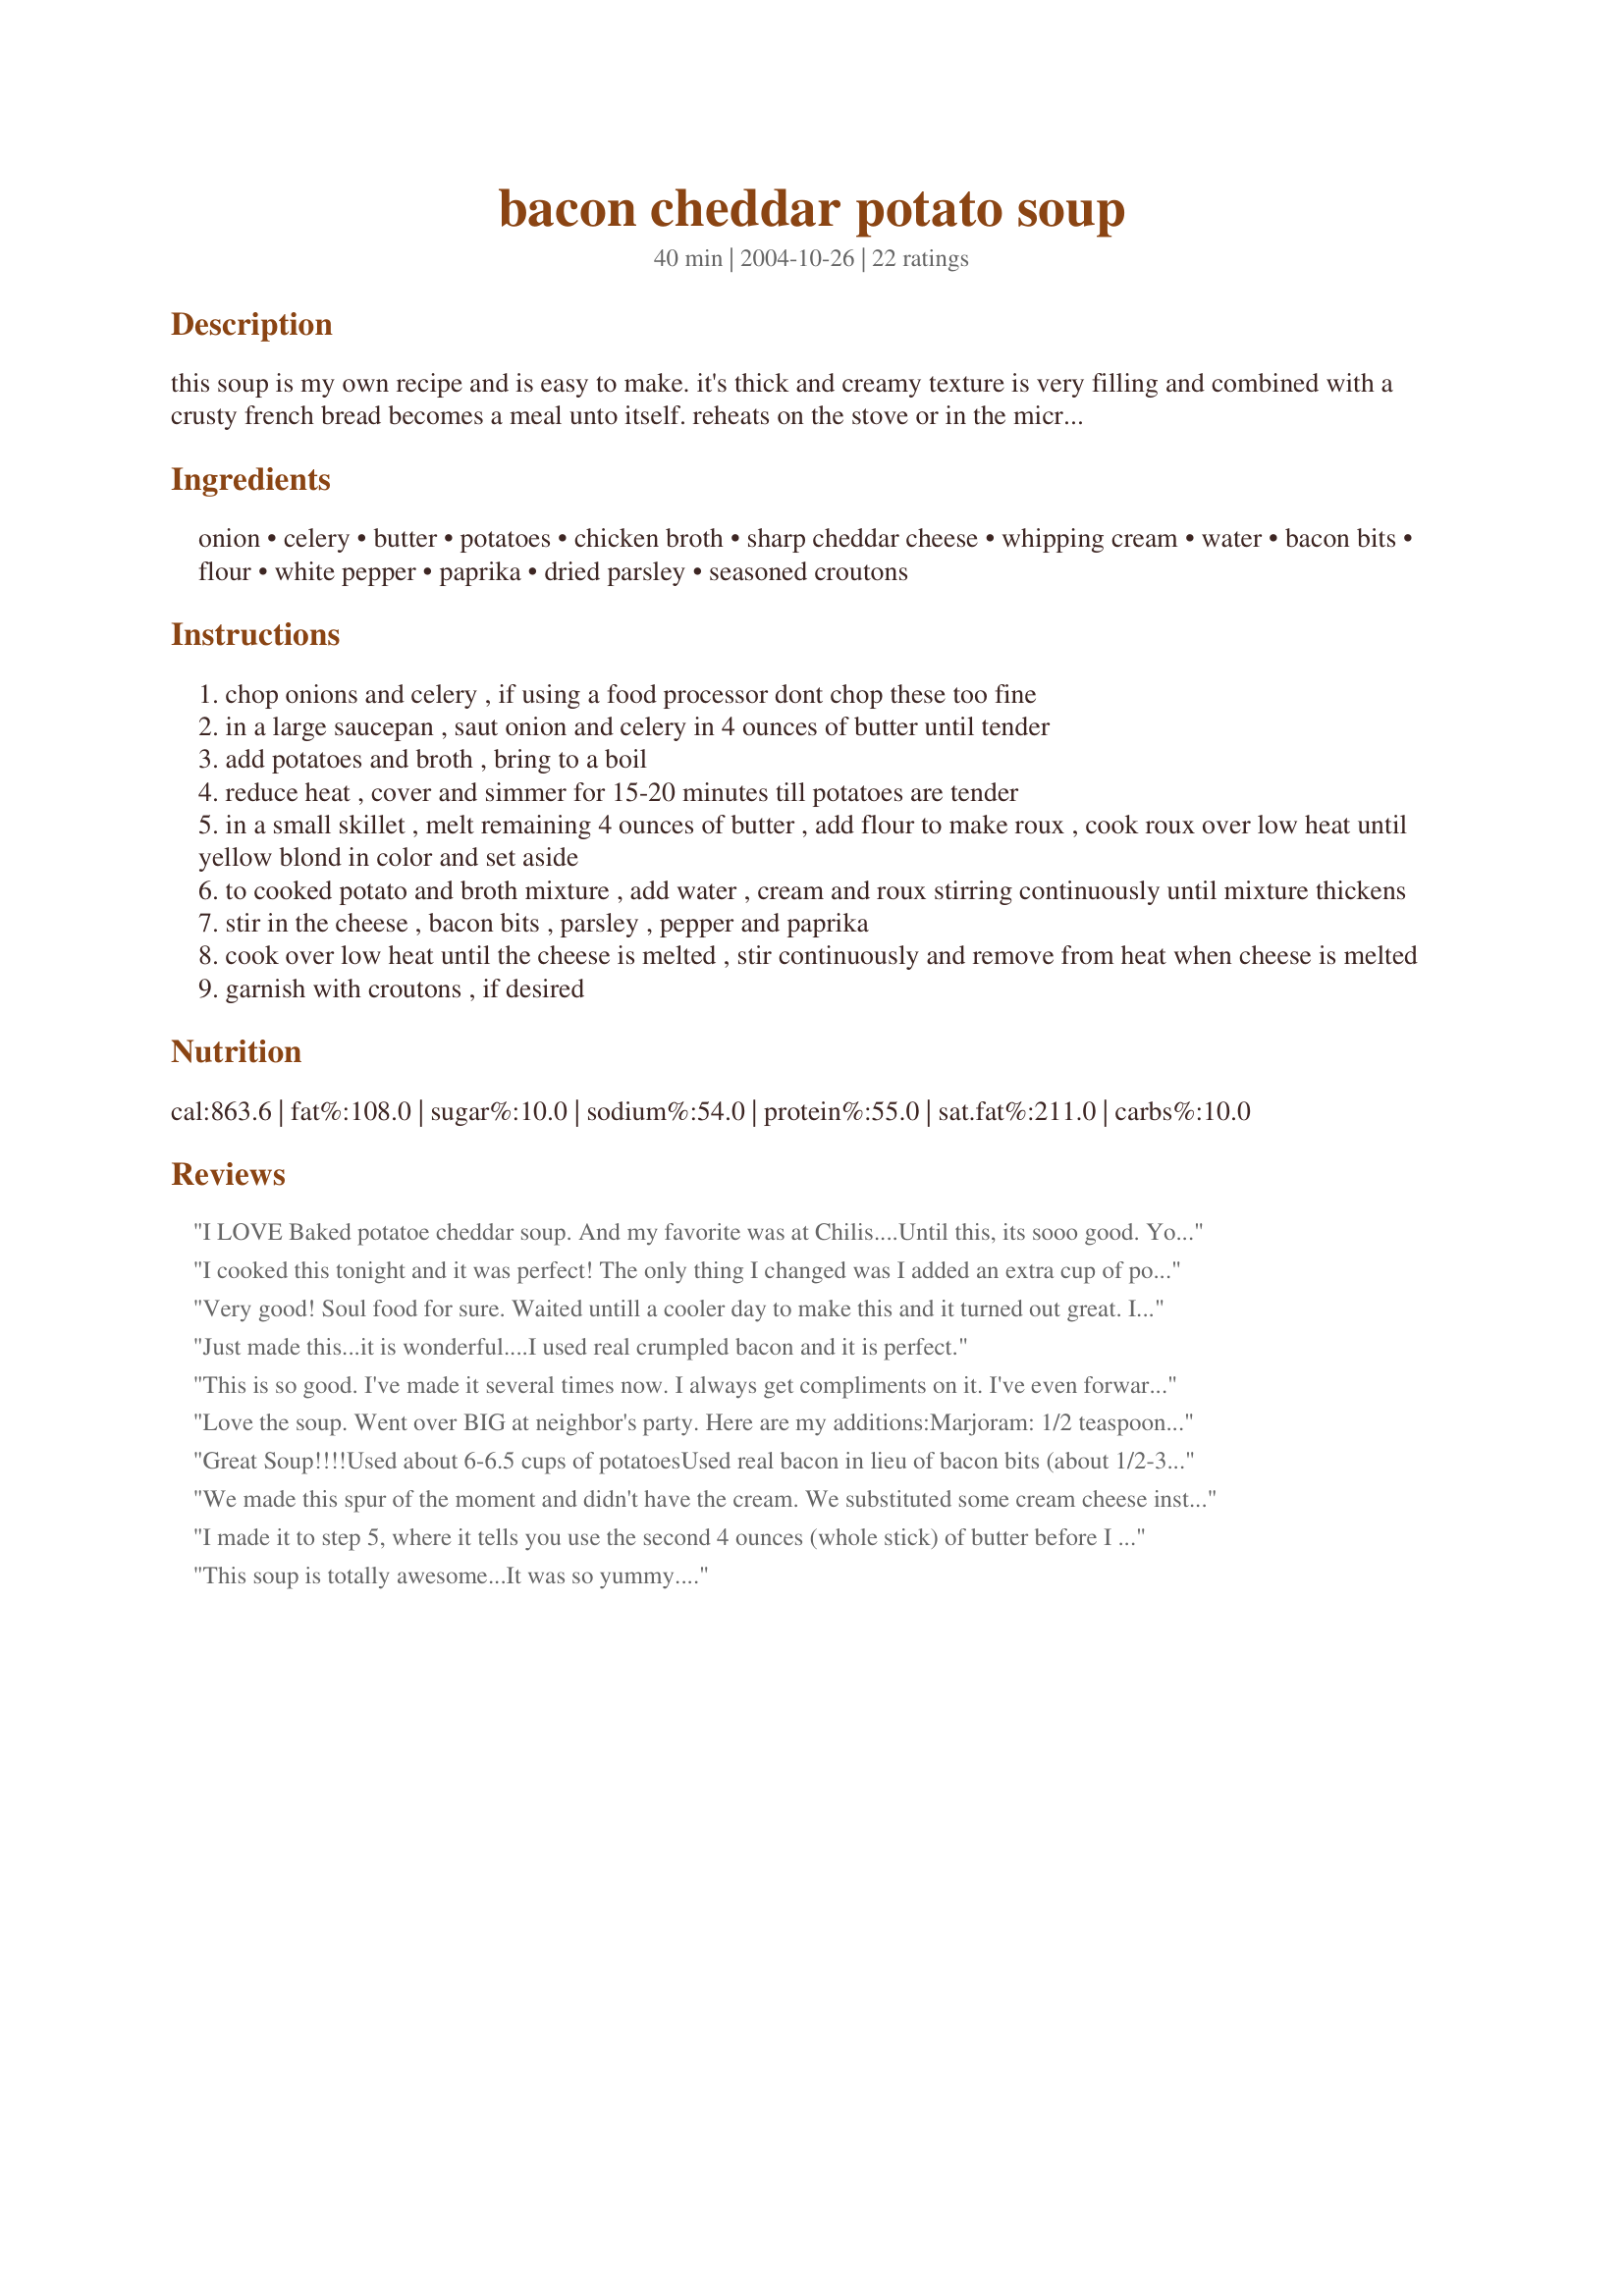
bacon cheddar potato soup
Preparation time: 40 minutes

this soup is my own recipe and is easy to make. it's thick and creamy texture is very filling and combined with a crusty french bread becomes a meal unto itself. reheats on the stove or in the microwave very well so don't be afraid to make this several days ahead of time.

Ingredients:
onion, celery, butter, potatoes, chicken broth, sharp cheddar cheese, whipping cream, water, bacon bits, flour, white pepper, paprika, dried parsley, seasoned croutons

Steps:
chop onions and celery , if using a food processor dont chop these too fine
in a large saucepan , saut onion and celery in 4 ounces of butter until tender
add potatoes and broth , bring to a boil
reduce heat , cover and simmer for 15-20 minutes till potatoes are tender
in a small skillet , melt remaining 4 ounces of butter , add flour to make roux , cook roux over low heat until yellow blond in color and set aside
to cooked potato and broth mixture , add water , cream and roux stirring continuously until mixture thickens
stir in the cheese , bacon bits , parsley , pepper and paprika
cook over low heat until the cheese is melted , stir continuously and remove from heat when cheese is melted
garnish with croutons , if desired

Reviews:
I LOVE Baked potatoe cheddar soup. And my favorite was at Chilis....Until this, its sooo good. You have to try it. I put mine in bread bowls and it was so cute and yummy!
I cooked this tonight and it was perfect! The only thing I changed was I added an extra cup of potatos and I didn't add the whipped cream everything else was per the recipe. Thanks I will be cooking this and inviting my family over when it gets a little cooler.
Very good! Soul food for sure. Waited untill a cooler day to make this and it turned out great. I changed two things: half sharp cheddar and half cheddar cheese and I added more pepper and some salt. Very happy with this dinner. I paired it with french style green beans and garlic bread. I will make it again but next time I will double all ingredients! Thank you for the new family favorites addition to the cookbook. :)
Just made this...it is wonderful....I used real crumpled bacon and it is perfect.
This is so good. I've made it several times now. I always get compliments on it. I've even forwarded to people. Great recipe. I think I might make it again tonight!
Love the soup. Went over BIG at neighbor's party. Here are my additions:<br/>Marjoram: 1/2 teaspoon <br/>Sage: 1/4 teaspoon<br/>Dry herbs are perfectly fine.
Great Soup!!!!<br/><br/>Used about 6-6.5 cups of potatoes<br/>Used real bacon in lieu of bacon bits (about 1/2-3/4 of lb)<br/><br/>Turned out spectacular! Would be good in a bread bowl if you want to carb out even more!!!
We made this spur of the moment and didn't have the cream. We substituted some cream cheese instead. It turned out excellent and is definitely a recipe I will go back and make again.
I made it to step 5, where it tells you use the second 4 ounces (whole stick) of butter before I looked back at the ingredients and realized it meant 4 tablespoons. I dumped my pot of vegetables drowning in butter and found a more trustworthy recipe on a different site.
This soup is totally awesome...It was so yummy....
Good recipe but no need to make the roux separately. Just saut&eacute; onions and celery in all of the butter till soft then add the flour to make the roux and cook a few minutes then add broth and continue from step 3 of recipe.
Just made this soup. Excellent as everyone has said. I double the recipe however I forgot to add the water. At that point it was perfectly thick and rich, if one chose to add no cream at all it would be perfectly satisfying. I used half and half to cut the calories and never did add the water because it was so good I was afraid to alter it. Next time I may try using no cream at all and really cut the calories. Add the cream last so you can determine for yourself if you really want it. I thought it was excellent without any cream.
is aswome is lit bruuuuuuuuuuuuuuuuuuuuuuuu
Great soup and soup-er easy! My family is picky and they loved it. I bought a big bag of real bacon bits from costco and dumped in half a bag. I also added asiago and fontina cheese to mix it up. I skipped the water and it was a little thick. Maybe add a cup or so. Also for a lighter version - use I can't believe it's not butter and mix 1 cup of whipping cream and 1 cup of fat free half and half.
I made a half recipe exactly as it was written. So yummy and filling. I&#039;d say it (1/2) would serve 4 people as the meal or six as an appetizer. Make sure you keep some bacon for garnish, and I would really recommend adding some green onion to the top. That gave it an extra oomph. It also reheated well. I am going to try this with many different kinds of cheese. Gouda, here I come! (Seriously, don&#039;t be afraid to make this. It was a huge hit.)
This soup was excellent! I made it according to the recipe. It was easy to make, and warms up great for leftovers. It is very cheesy. I don't care for sharp cheddar, but I used it anyway, and it was delicious. The sharpness is mellowed by the cream. I thought it made more than 6 to 8 servings. I believe it made about 13 Cups of soup. <br/>Next time, I am going to double the bacon and use "whipping cream" instead of "heavy whipping cream", to try to cut back the calories. I am also going to increase the amount of potatoes. I thought about trying half and half, and then cutting out one of the Cups of water, but I'm not sure I want to ruin the soup. <br/>I would highly recommend this. I had compliments from everyone that tried it. It has gone into my "Favorites" cookbook.
I would consider this more of a chowder then soup, it is so thick &amp; creamy! My whole family of 7 plus my mom loved it. I found it made more like 8-12 servings depending how much you consider a serving, but I&#039;m not complaining, lol. I think we could get 12 1 cup servings? Easy to make and one of the creamiest recipes I have tried that uses real cheddar &amp; not some cheese food like Velveeta. I actually just used Medium Tillamock Cheddar because we were out of sharp &amp; it was great. I highly recommend it.
If you like cheesy, this is the soup for you. This is a thick soup. A little time consuming, but well worth the effort. Thanks for sharing.
Wonderful flavor, easy to put together. Tasted wonderful tonight, can imagine how great it will be tomorrow! I served it with cheese and crackers, carrot sticks and cream cheese filled celery. I did not hear one complaint at supper tonight and for that, I thank you!
What can replace whipping cream?
A++++ Was GREAT!!
This soup was soooo tasty!

Instead of using bacon bits IN the soup, I cooked 7 or 8 strips of thick-cut pepper-bacon until crispy, and crumbled them ON the soup right before serving. Can't wait for the next cold day to make this soup!
